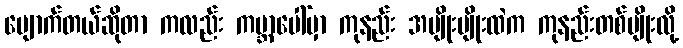
ပျောက်တယ်ဆိုတာ ကလည်း ကမ္ဘာပေါ်မှာ ကုနည်း အမျိုးမျိုးထဲက ကုနည်းတစ်မျိုးလို့